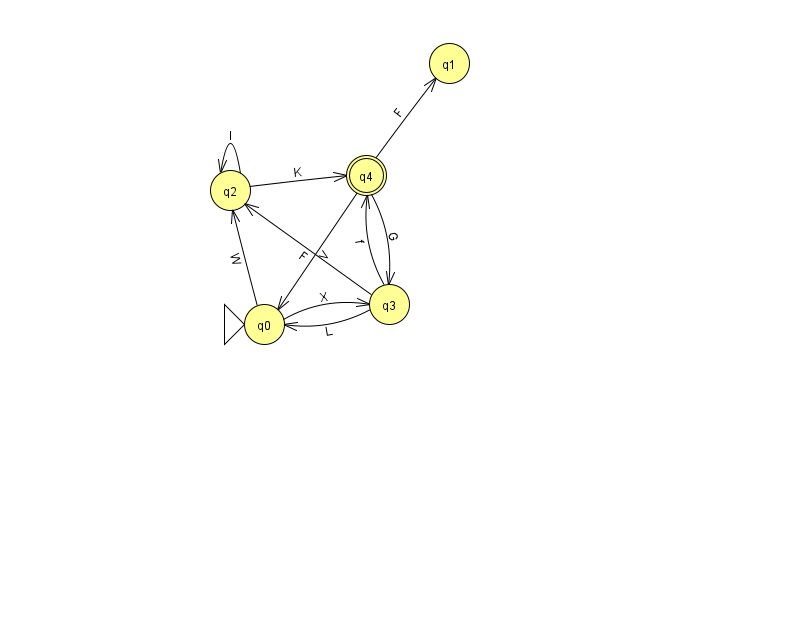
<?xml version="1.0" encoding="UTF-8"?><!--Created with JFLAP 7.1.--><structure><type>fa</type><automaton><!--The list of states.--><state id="0" name="q0"><x>264.0</x><y>311.0</y><initial/></state><state id="1" name="q1"><x>449.0</x><y>50.0</y></state><state id="2" name="q2"><x>230.0</x><y>177.0</y></state><state id="3" name="q3"><x>389.0</x><y>291.0</y></state><state id="4" name="q4"><x>366.0</x><y>162.0</y><final/></state><!--The list of transitions.--><transition><from>0</from><to>3</to><read>X</read></transition><transition><from>3</from><to>4</to><read>f</read></transition><transition><from>4</from><to>3</to><read>G</read></transition><transition><from>4</from><to>1</to><read>F</read></transition><transition><from>3</from><to>0</to><read>L</read></transition><transition><from>0</from><to>2</to><read>W</read></transition><transition><from>2</from><to>4</to><read>K</read></transition><transition><from>4</from><to>0</to><read>V</read></transition><transition><from>2</from><to>2</to><read>l</read></transition><transition><from>3</from><to>2</to><read>F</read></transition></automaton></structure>